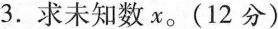
3.求未知数x。(12分)